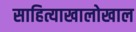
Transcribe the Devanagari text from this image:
साहित्याखालोखाल